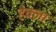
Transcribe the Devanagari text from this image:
हेक्ला